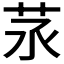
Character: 𦭕